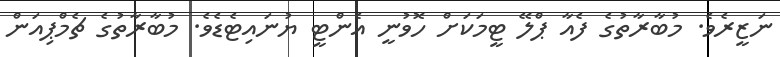
ނަޒީރެވެ. މުބާރާތުގެ ފެއާ ޕްލޭ ޓީމަކަށް ހޮވުނީ އެންޓީ ޔުނައިޓެޑެވެ. މުބާރާތުގެ ޗެމްޕިއަން